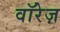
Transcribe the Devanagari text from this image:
वॉरेज़